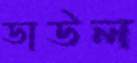
ডাউল